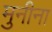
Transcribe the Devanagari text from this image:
मुनीना